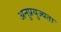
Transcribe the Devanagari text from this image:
अनुप्रयुज्यता